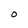
Character: O